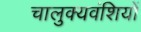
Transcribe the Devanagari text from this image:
चालुक्यवंशियों